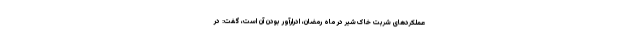
عملکردهای شربت خاک‌شیر در ماه رمضان، ادرارآور بودن آن است، گفت: در